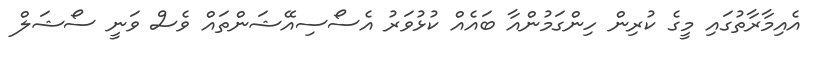
އެއިމާރާތުގައި މީގެ ކުރިން ހިންގަމުންއާ ބައެއް ކުޅުވަރު އެސޯސިއޭޝަންތައް ވެސް ވަނީ ސޯޝަލް